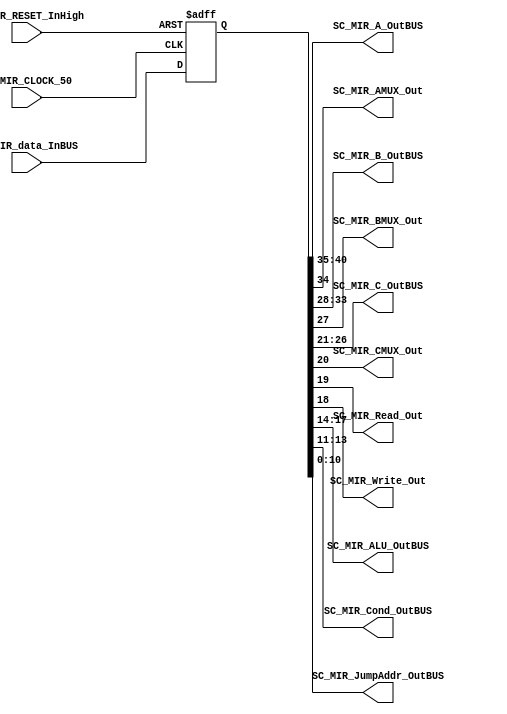
module SC_MIR #(parameter MIR_DATAWIDTH=41)(
	//////////// OUTPUTS //////////
	SC_MIR_A_OutBUS,
	SC_MIR_AMUX_Out,
	SC_MIR_B_OutBUS,
	SC_MIR_BMUX_Out,
	SC_MIR_C_OutBUS,
	SC_MIR_CMUX_Out,
	SC_MIR_Read_Out,
	SC_MIR_Write_Out,
	SC_MIR_ALU_OutBUS,
	SC_MIR_Cond_OutBUS,
	SC_MIR_JumpAddr_OutBUS,
	//////////// INPUTS //////////
	SC_MIR_CLOCK_50,
	SC_MIR_RESET_InHigh,
	SC_MIR_data_InBUS
);
//=======================================================
//  PARAMETER declarations
//=======================================================

//=======================================================
//  PORT declarations
//=======================================================
output		[5:0]	SC_MIR_A_OutBUS;
output		SC_MIR_AMUX_Out;
output		[5:0]	SC_MIR_B_OutBUS;
output		SC_MIR_BMUX_Out;
output		[5:0]	SC_MIR_C_OutBUS;
output		SC_MIR_CMUX_Out;
output		SC_MIR_Read_Out;
output		SC_MIR_Write_Out;
output		[3:0]	SC_MIR_ALU_OutBUS;
output		[2:0]	SC_MIR_Cond_OutBUS;
output		[10:0]	SC_MIR_JumpAddr_OutBUS;
input		SC_MIR_CLOCK_50;
input		SC_MIR_RESET_InHigh;
input		[MIR_DATAWIDTH-1:0]	SC_MIR_data_InBUS;

//=======================================================
//  REG/WIRE declarations
//=======================================================
reg [MIR_DATAWIDTH-1:0] MIR_Register;
reg [MIR_DATAWIDTH-1:0] MIR_Signal;
//=======================================================
//  Structural coding
//=======================================================
//INPUT LOGIC: COMBINATIONAL
always @(*)
begin
	MIR_Signal = SC_MIR_data_InBUS;
end	
//STATE REGISTER: SEQUENTIAL
always @(posedge SC_MIR_CLOCK_50, posedge SC_MIR_RESET_InHigh)
begin
	if (SC_MIR_RESET_InHigh == 1'b1)
		MIR_Register <= 0;
	else
		MIR_Register <= MIR_Signal;
end
//=======================================================
//  Outputs
//=======================================================
//OUTPUT LOGIC: COMBINATIONAL
assign SC_MIR_A_OutBUS = MIR_Register[40:35];
assign SC_MIR_AMUX_Out = MIR_Register[34];
assign SC_MIR_B_OutBUS = MIR_Register[33:28];
assign SC_MIR_BMUX_Out = MIR_Register[27];
assign SC_MIR_C_OutBUS = MIR_Register[26:21];
assign SC_MIR_CMUX_Out = MIR_Register[20];
assign SC_MIR_Read_Out = MIR_Register[19];
assign SC_MIR_Write_Out = MIR_Register[18];
assign SC_MIR_ALU_OutBUS = MIR_Register[17:14];
assign SC_MIR_Cond_OutBUS = MIR_Register[13:11];
assign SC_MIR_JumpAddr_OutBUS = MIR_Register[10:0];

endmodule